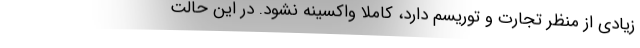
زیادی از منظر تجارت و توریسم دارد، کاملا واکسینه نشود. در این حالت